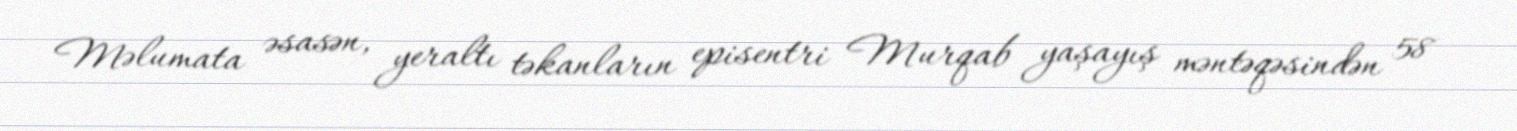
Məlumata əsasən, yeraltı təkanların episentri Murqab yaşayış məntəqəsindən 58